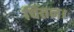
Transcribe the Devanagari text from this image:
चिंतन।